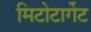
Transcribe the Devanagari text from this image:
मिटोटार्गेट